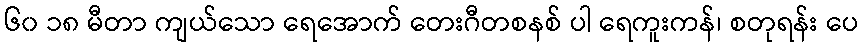
၆၀ ၁၈ မီတာ ကျယ်သော ရေအောက် တေးဂီတစနစ် ပါ ရေကူးကန်၊ စတုရန်း ပေ